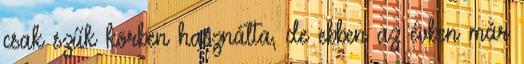
csak szűk körben használta, de ebben az évben már